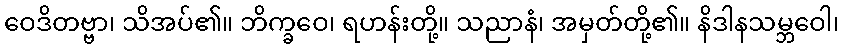
ဝေဒိတဗ္ဗာ၊ သိအပ်၏။ ဘိက္ခဝေ၊ ရဟန်းတို့။ သညာနံ၊ အမှတ်တို့၏။ နိဒါနသမ္ဘဝေါ၊